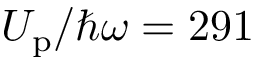
U _ { \mathrm { p } } / \hbar \omega = 2 9 1